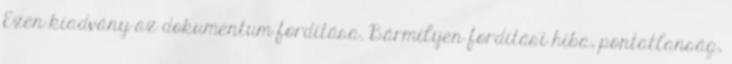
Ezen kiadvány az dokumentum fordítása. Bármilyen fordítási hiba, pontatlanság,